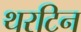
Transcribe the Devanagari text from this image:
थरटिन